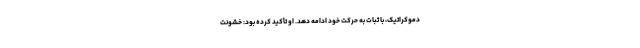
دموکراتیک، با ثبات به حرکت خود ادامه دهد. او تأکید کرده بود: خشونت